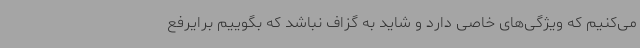
می‌کنیم که ویژگی‌های خاصی دارد و شاید به گزاف نباشد که بگوییم برایرفع